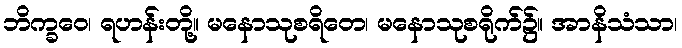
ဘိက္ခဝေ၊ ရဟန်းတို့။ မနောသုစရိတေ၊ မနောသုစရိုက်၌။ အာနိသံသာ၊